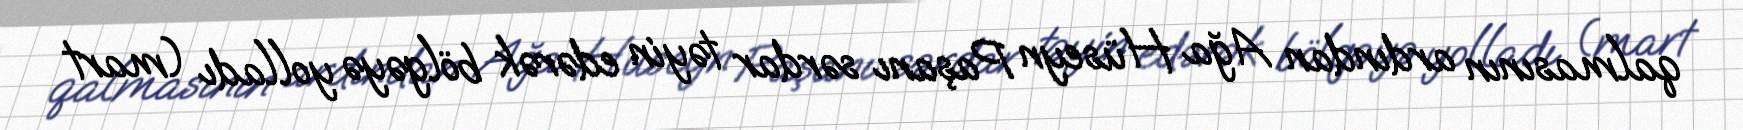
qalmasının ardından Ağa Hüseyn Paşanı sərdar təyin edərək bölgəyə yolladı (mart